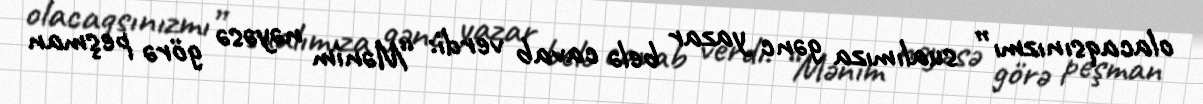
olacaqsınızmı” sualımıza gənc yazar belə cavab verdi: “Mənim nəyəsə görə peşman